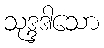
သုဒ္ဒဒါသော